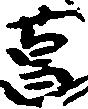
菖